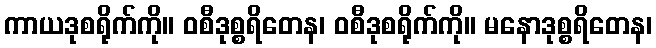
ကာယဒုစရိုက်ကို။ ဝစီဒုစ္စရိတေန၊ ဝစီဒုစရိုက်ကို။ မနောဒုစ္စရိတေန၊